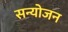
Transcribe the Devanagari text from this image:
सन्योजन